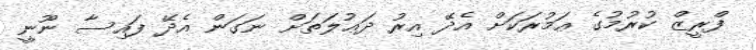
ފްރީޒް ކުރުމުގެ ޢަމުރަކަށް އެދޭ އިރު ދަޢުލަތަށް ނަގަން އެދޭ ފައިސާ ނޫނީ